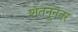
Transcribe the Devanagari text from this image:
शंतनूनंतर